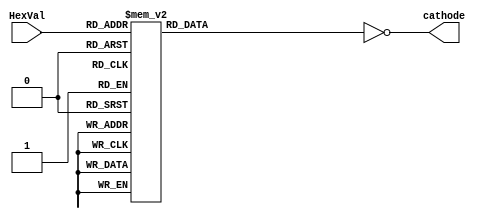
`timescale 1ns / 1ps
//////////////////////////////////////////////////////////////////////////////////
// Company: 
// Engineer: 
// 
// Design Name: 
// Module Name: hextossg
// Project Name: 
// Target Devices: 
// Tool Versions: 
// Description: 
// 
// Dependencies: 
// 
// Revision:
// Revision 0.01 - File Created
// Additional Comments:
// 
//////////////////////////////////////////////////////////////////////////////////


module hextosgg(
input wire [3:0] HexVal,
output reg [7:0] cathode
);
    
always @(*) 
  begin 
    case(HexVal)
        4'h0: cathode[7:0] = 7'h3F;
        4'h1: cathode[7:0] = 7'h06;
        4'h2: cathode[7:0] = 7'h5B;
        4'h3: cathode[7:0] = 7'h4F;
        4'h4: cathode[7:0] = 7'h66;
        4'h5: cathode[7:0] = 7'h6D;
        4'h6: cathode[7:0] = 7'h7D;  
        4'h7: cathode[7:0] = 7'h07;
        4'h8: cathode[7:0] = 7'h7F;
        4'h9: cathode[7:0] = 7'h6F;
        4'hA: cathode[7:0] = 7'h77; 
        4'hB: cathode[7:0] = 7'h7C;
        4'hC: cathode[7:0] = 7'h39; 
        4'hD: cathode[7:0] = 7'h5E;
        4'hE: cathode[7:0] = 7'h79;
        4'hF: cathode[7:0] = 7'h71;
    endcase 
    cathode = ~cathode;    
end       
endmodule